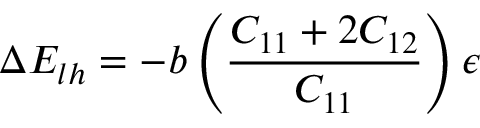
\Delta E _ { l h } = - b \left( { \frac { C _ { 1 1 } + 2 C _ { 1 2 } } { C _ { 1 1 } } } \right) \epsilon